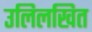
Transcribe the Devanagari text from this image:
उलिलखित